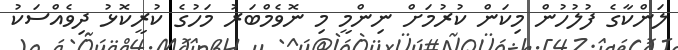
ލަންކާގެ ފުލުހުން މިކަން ކުރުމަށް ނިންމީ މި ނޮވެމްބަރު މަހުގެ ކުރީކޮޅު ދިވެއްސަކު